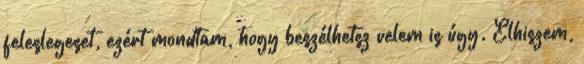
feleslegeset, ezért mondtam, hogy beszélhetsz velem is úgy. Elhiszem,